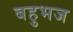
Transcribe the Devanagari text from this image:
बहुभज